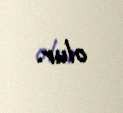
olur.